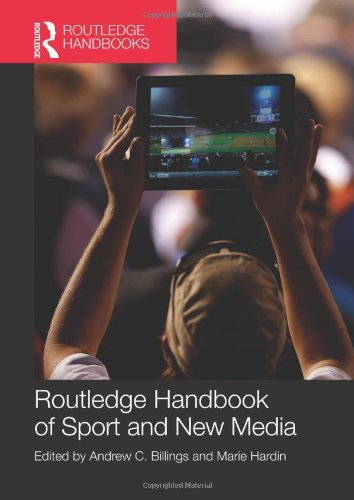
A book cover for Routledge Handbook of Sport and New Media (Routledge International Handbooks); Sports & Outdoors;